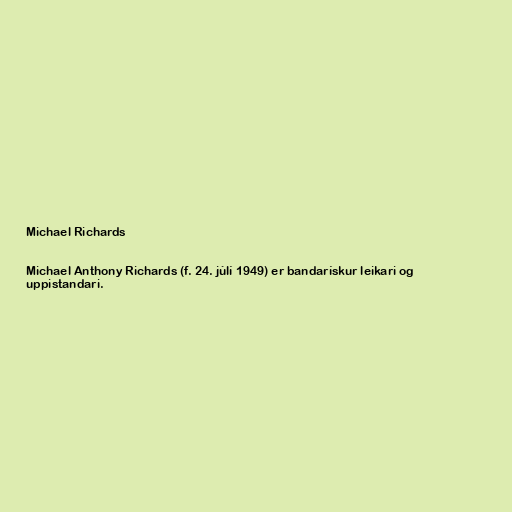
Michael Richards

Michael Anthony Richards (f. 24. júlí 1949) er bandarískur leikari og
uppistandari.